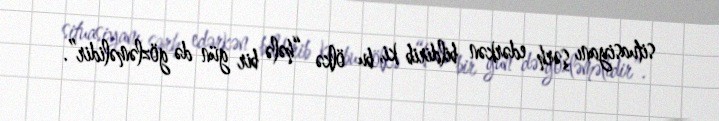
situasiyanı şərh edərkən bildirib ki, bu ölkə “hələ bir gün də gözləməlidir”.